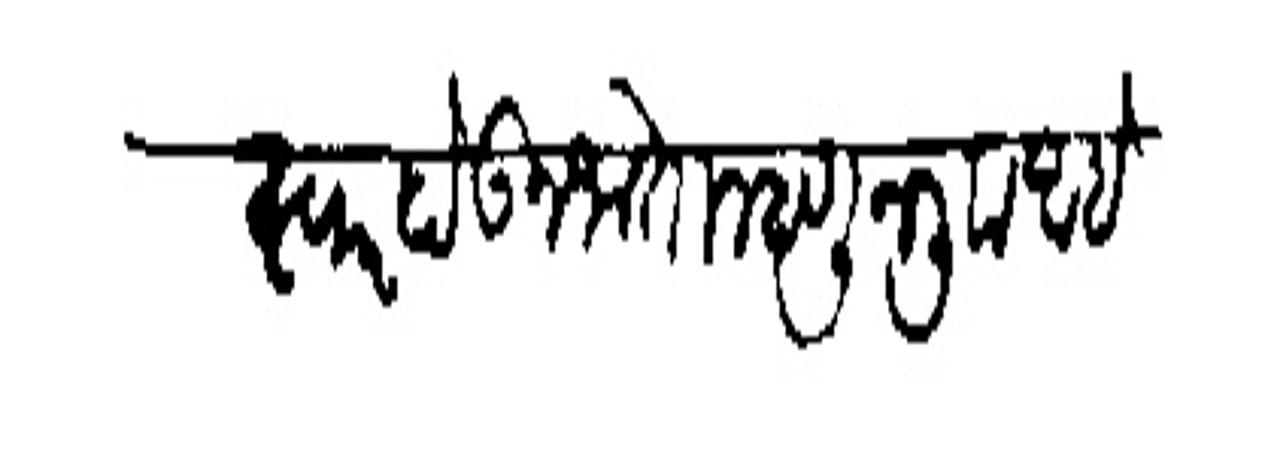
Transliteration (Devanagari): स्वार होडन जातो म्हणून लिा आहे